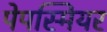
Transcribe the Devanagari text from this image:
पेपस्मियर